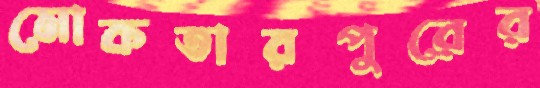
মোকতারপুরের